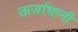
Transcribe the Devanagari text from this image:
ऊर्जाधानी